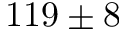
1 1 9 \pm 8